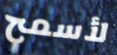
لأسمح